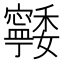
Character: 𭔨